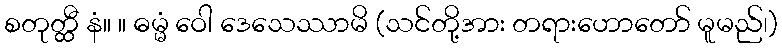
စတုတ္ထီ နံ။ ။ ဓမ္မံ ဝေါ ဒေသေဿာမိ (သင်တို့အား တရားဟောတော် မူမည်၊)